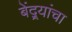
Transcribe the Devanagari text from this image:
बेंद्र्यांचा